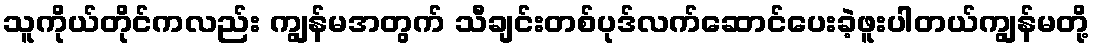
သူကိုယ်တိုင်ကလည်း ကျွန်မအတွက် သီချင်းတစ်ပုဒ်လက်ဆောင်ပေးခဲ့ဖူးပါတယ်ကျွန်မတို့